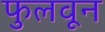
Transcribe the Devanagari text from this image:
फुलवून